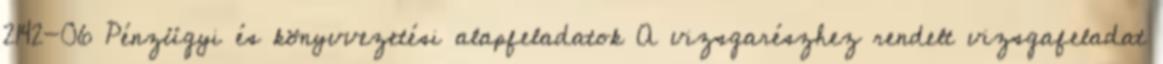
2142-06 Pénzügyi és könyvvezetési alapfeladatok A vizsgarészhez rendelt vizsgafeladat